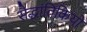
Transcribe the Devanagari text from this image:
सैद्धांतिकियों